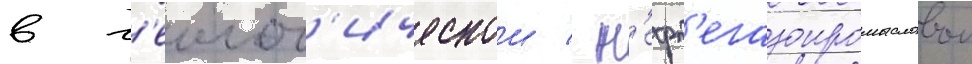
в г'еолог'ическои / н'ефт'егазопромысловои